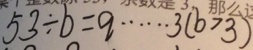
5 3 \div b = q \cdots 3 ( b > 3 )